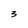
Character: 3